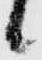
候